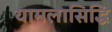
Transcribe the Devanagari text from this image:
यामलासिद्धि